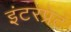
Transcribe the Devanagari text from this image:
इंटरप्रेट